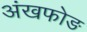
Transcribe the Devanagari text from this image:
अंखफोङ